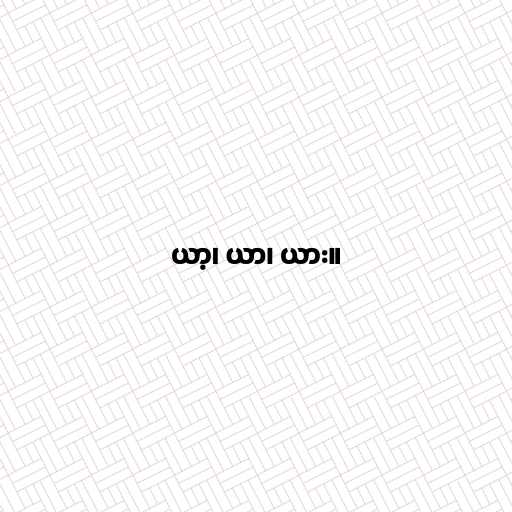
ယာ့၊ ယာ၊ ယား။